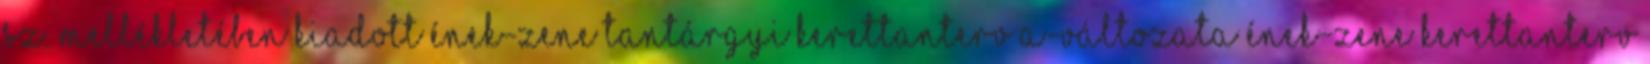
sz. mellékletében kiadott ének-zene tantárgyi kerettanterv A-változata ÉNEK-ZENE KERETTANTERV